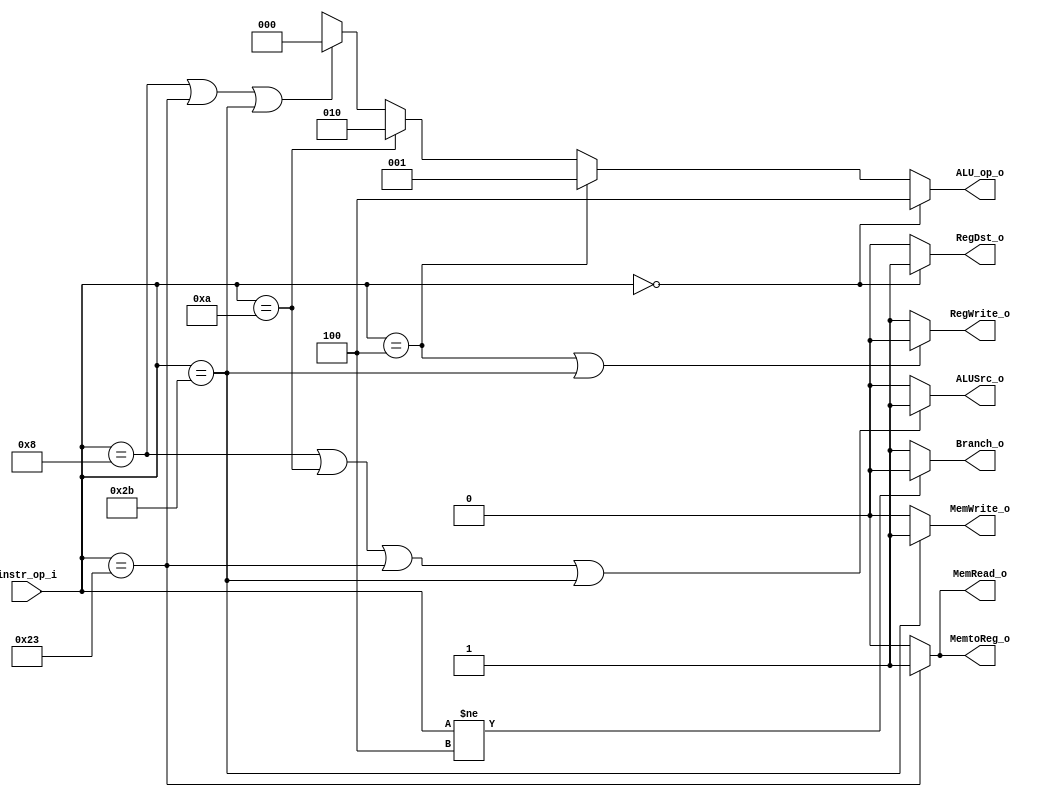
//109550073

//Subject:     CO project 2 - Decoder
//--------------------------------------------------------------------------------
//Version:     1
//--------------------------------------------------------------------------------
//Writer:      Luke
//----------------------------------------------
//----------------------------------------------
//Description: 
//--------------------------------------------------------------------------------

module Decoder(
    instr_op_i,
	RegWrite_o,
	ALU_op_o,
	ALUSrc_o,
	RegDst_o,
	Branch_o,
	MemRead_o,
	MemWrite_o,
	MemtoReg_o
	);
// don't need jump
//I/O ports
input  [6-1:0] instr_op_i;

output         RegWrite_o;
output [3-1:0] ALU_op_o;
output         ALUSrc_o;
output         RegDst_o, MemtoReg_o;
output         Branch_o;
output         MemRead_o, MemWrite_o;
 
//Internal Signals
reg    [3-1:0] ALU_op_o;
reg            ALUSrc_o;
reg            RegWrite_o;
reg            RegDst_o, MemtoReg_o;
reg            Branch_o;
reg            MemRead_o, MemWrite_o;

//Parameter


//Main function
always @(*) begin
    RegDst_o <= (instr_op_i == 6'b000000)? 1'b1:1'b0; //rformat
    MemtoReg_o <= (instr_op_i == 6'b100011)? 1'b1:1'b0; //lw
    RegWrite_o <= (instr_op_i == 6'b000100 || instr_op_i == 6'b101011)? 1'b0:1'b1; //beq sw
    Branch_o <= (instr_op_i != 6'b000100)? 1'b0:1'b1;
    ALUSrc_o <= (instr_op_i == 6'b001000||instr_op_i == 6'b001010||instr_op_i == 6'b100011||instr_op_i == 6'b101011)? 1'b1:1'b0; //add slt lwsw
    ALU_op_o <= (instr_op_i == 6'b000000)? 3'b100:   //rformat     
              (instr_op_i == 6'b000100)? 3'b001: //beq
              (instr_op_i == 6'b001010)? 3'b010: //slt 
              (instr_op_i == 6'b001000||instr_op_i == 6'b100011||instr_op_i == 6'b101011)? 3'b000: 3'bxxx;//addi lwsw 
    MemRead_o <= (instr_op_i == 6'b100011)? 1'b1:1'b0; //lw
    MemWrite_o <= (instr_op_i == 6'b101011)? 1'b1:1'b0; //sw
end
endmodule